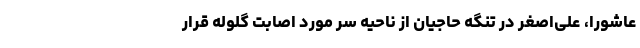
عاشورا، علی‌اصغر در تنگه حاجیان از ناحیه سر مورد اصابت گلوله قرار